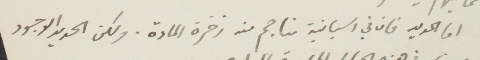
اما الحديد فان في اسبانية مناجم من زخرة المادة. ولكن الحدة الأجود